Bréfritari: Soffía Daníelsdóttir
Viðtakandi: Jakobína Magnúsdóttir og Daníel Halldórsson
Dagsetning: A-1906-XX-XX
Skrifað á: Sauðanes  N-Þing.
Soffía var dóttir Jakobínu og Daníels

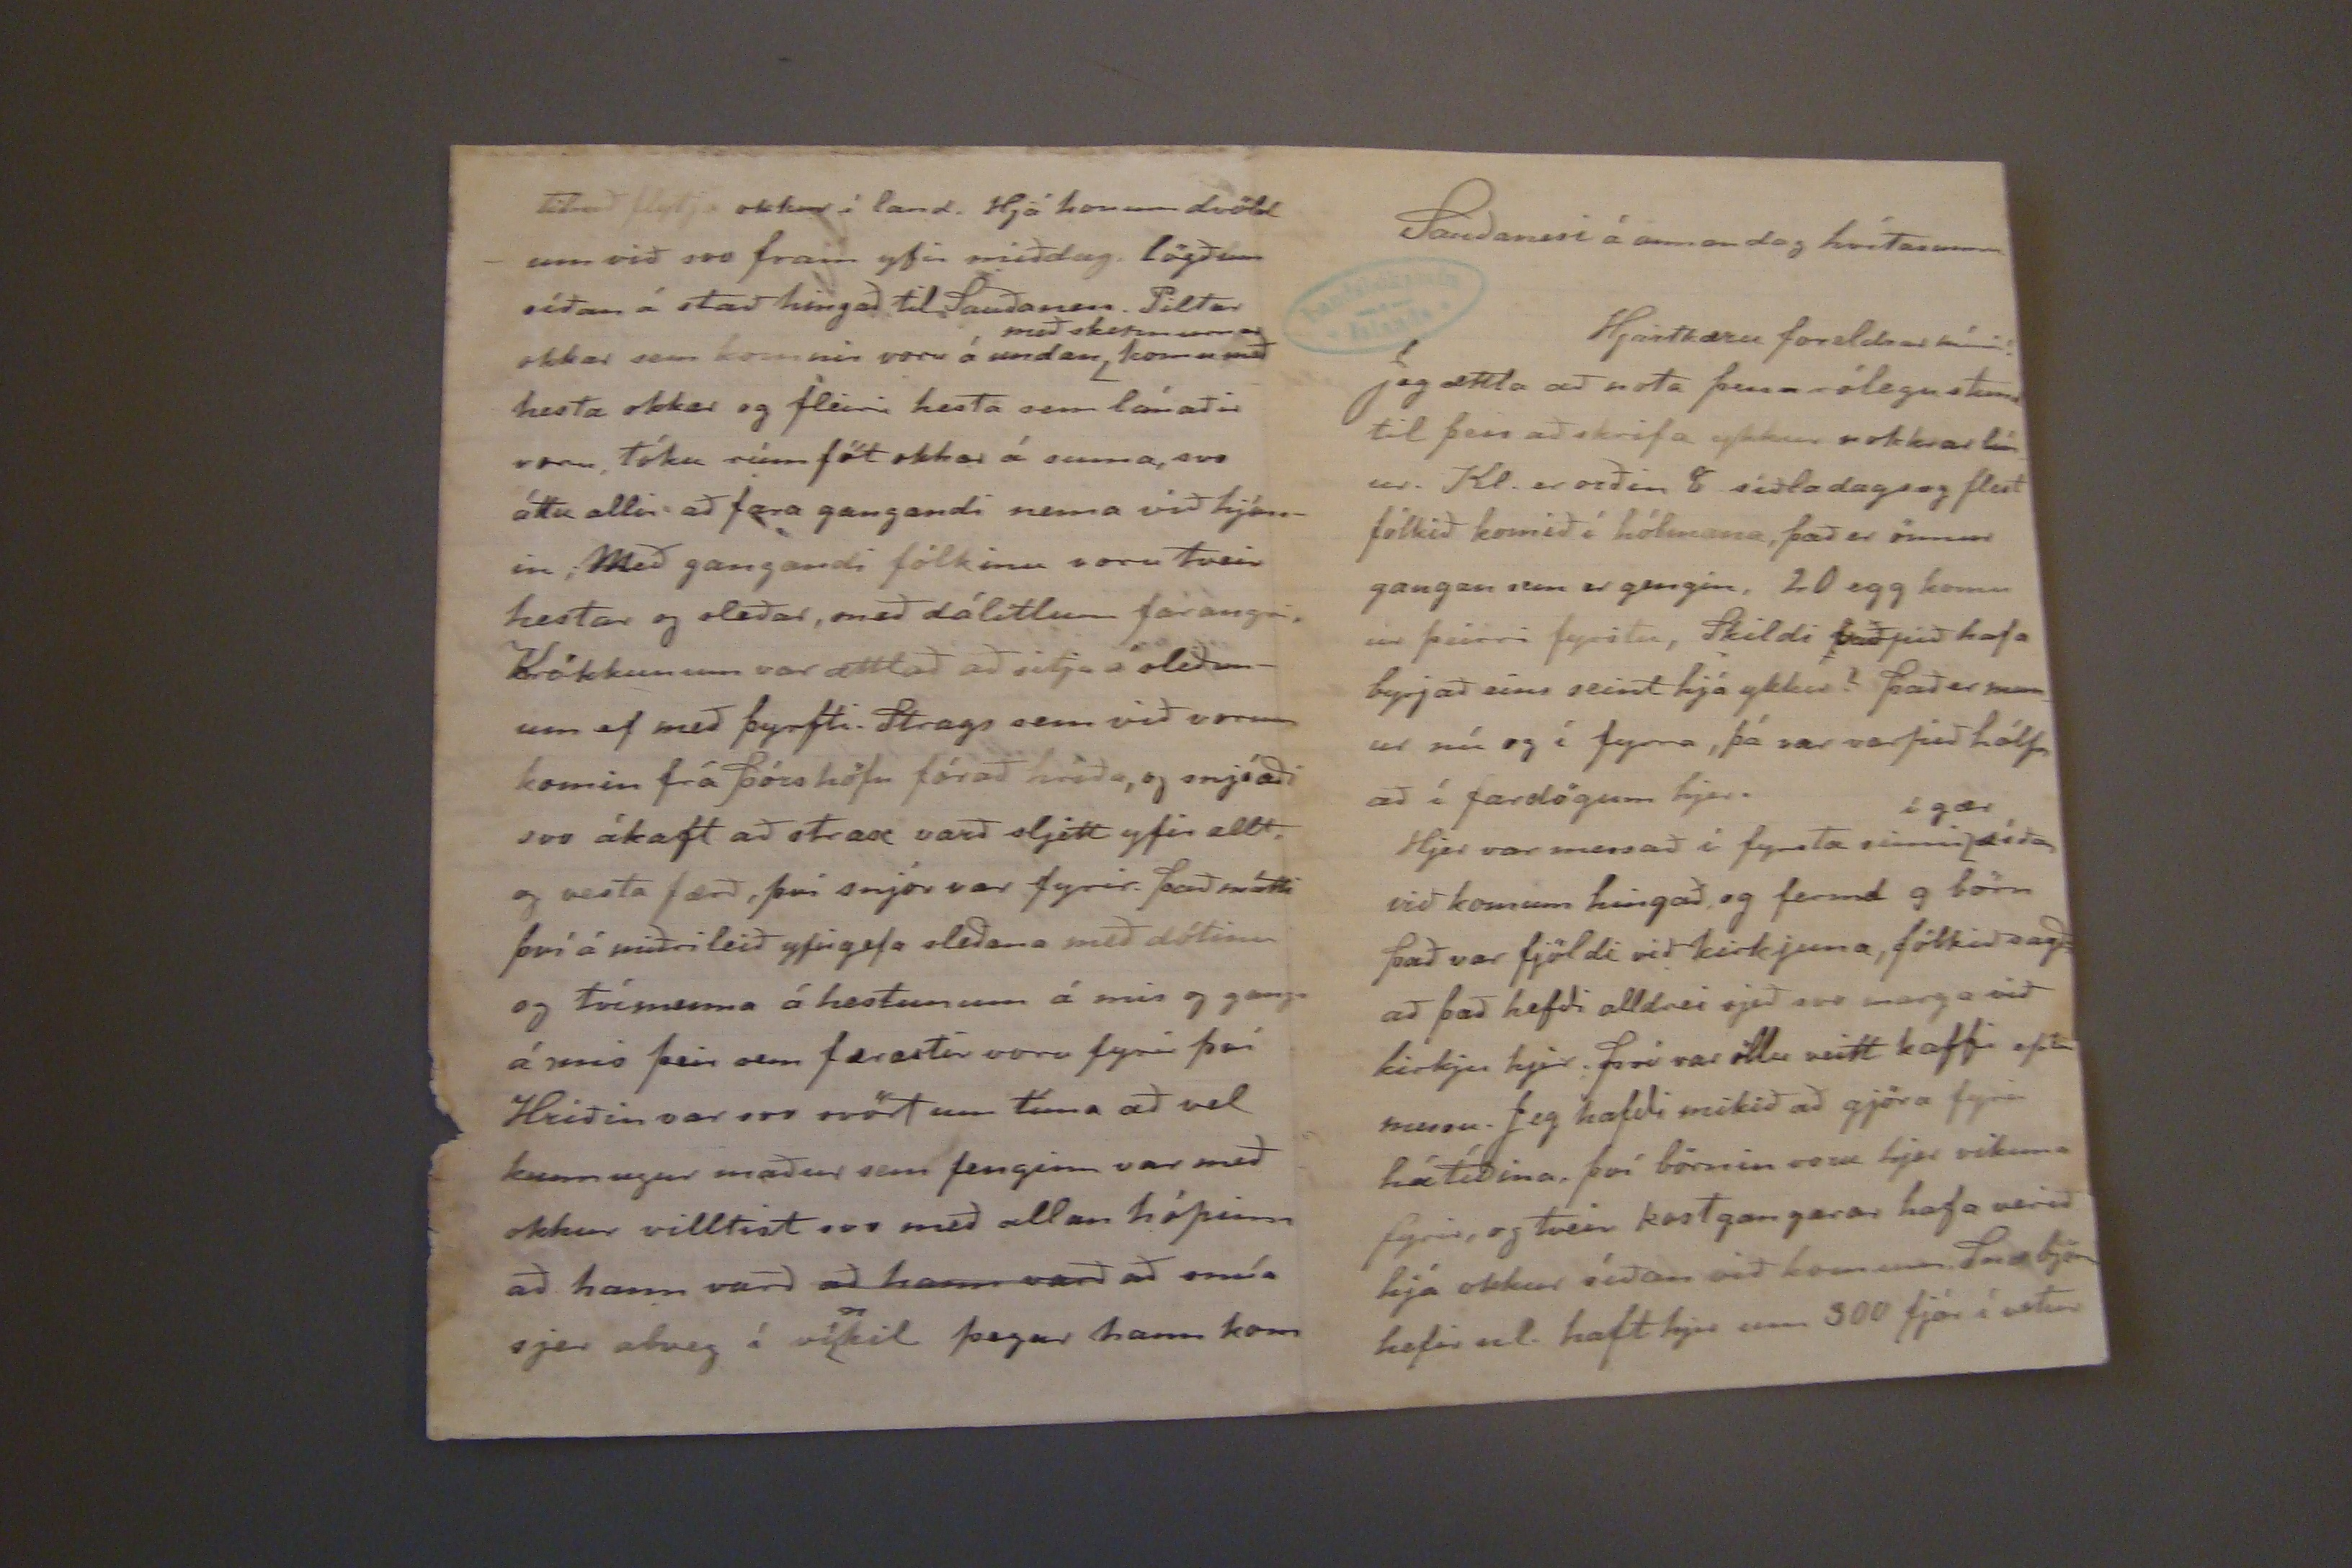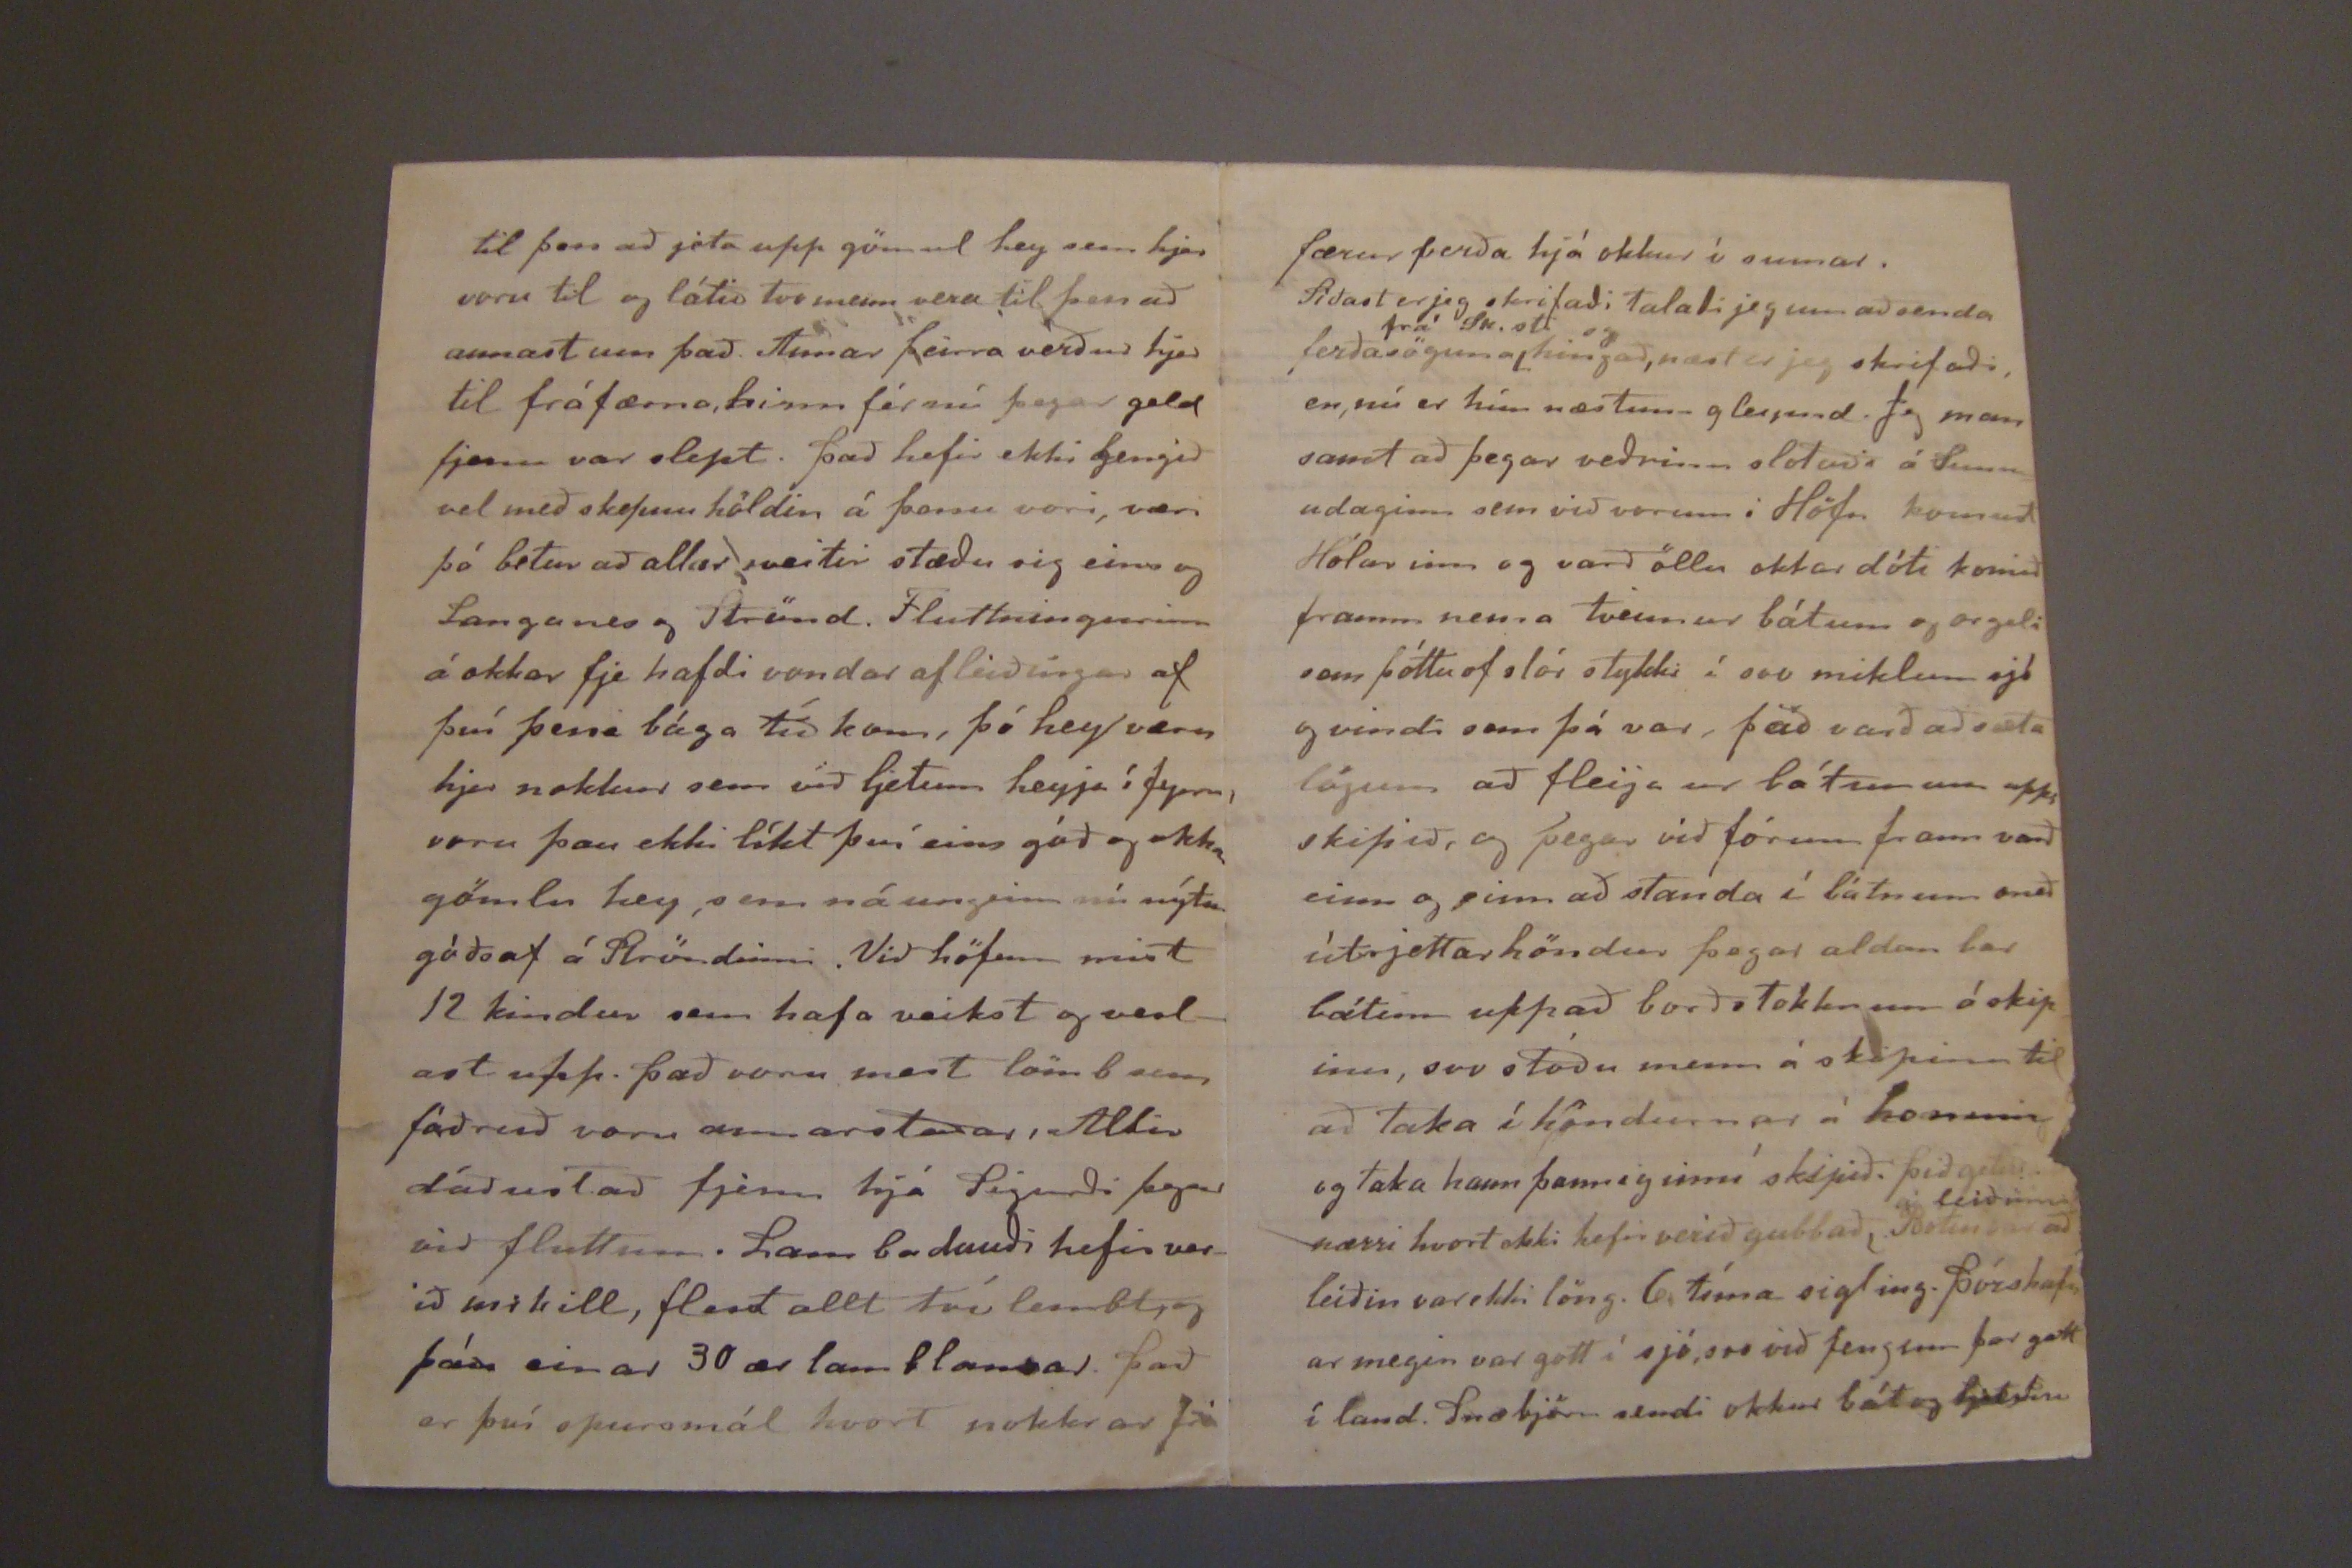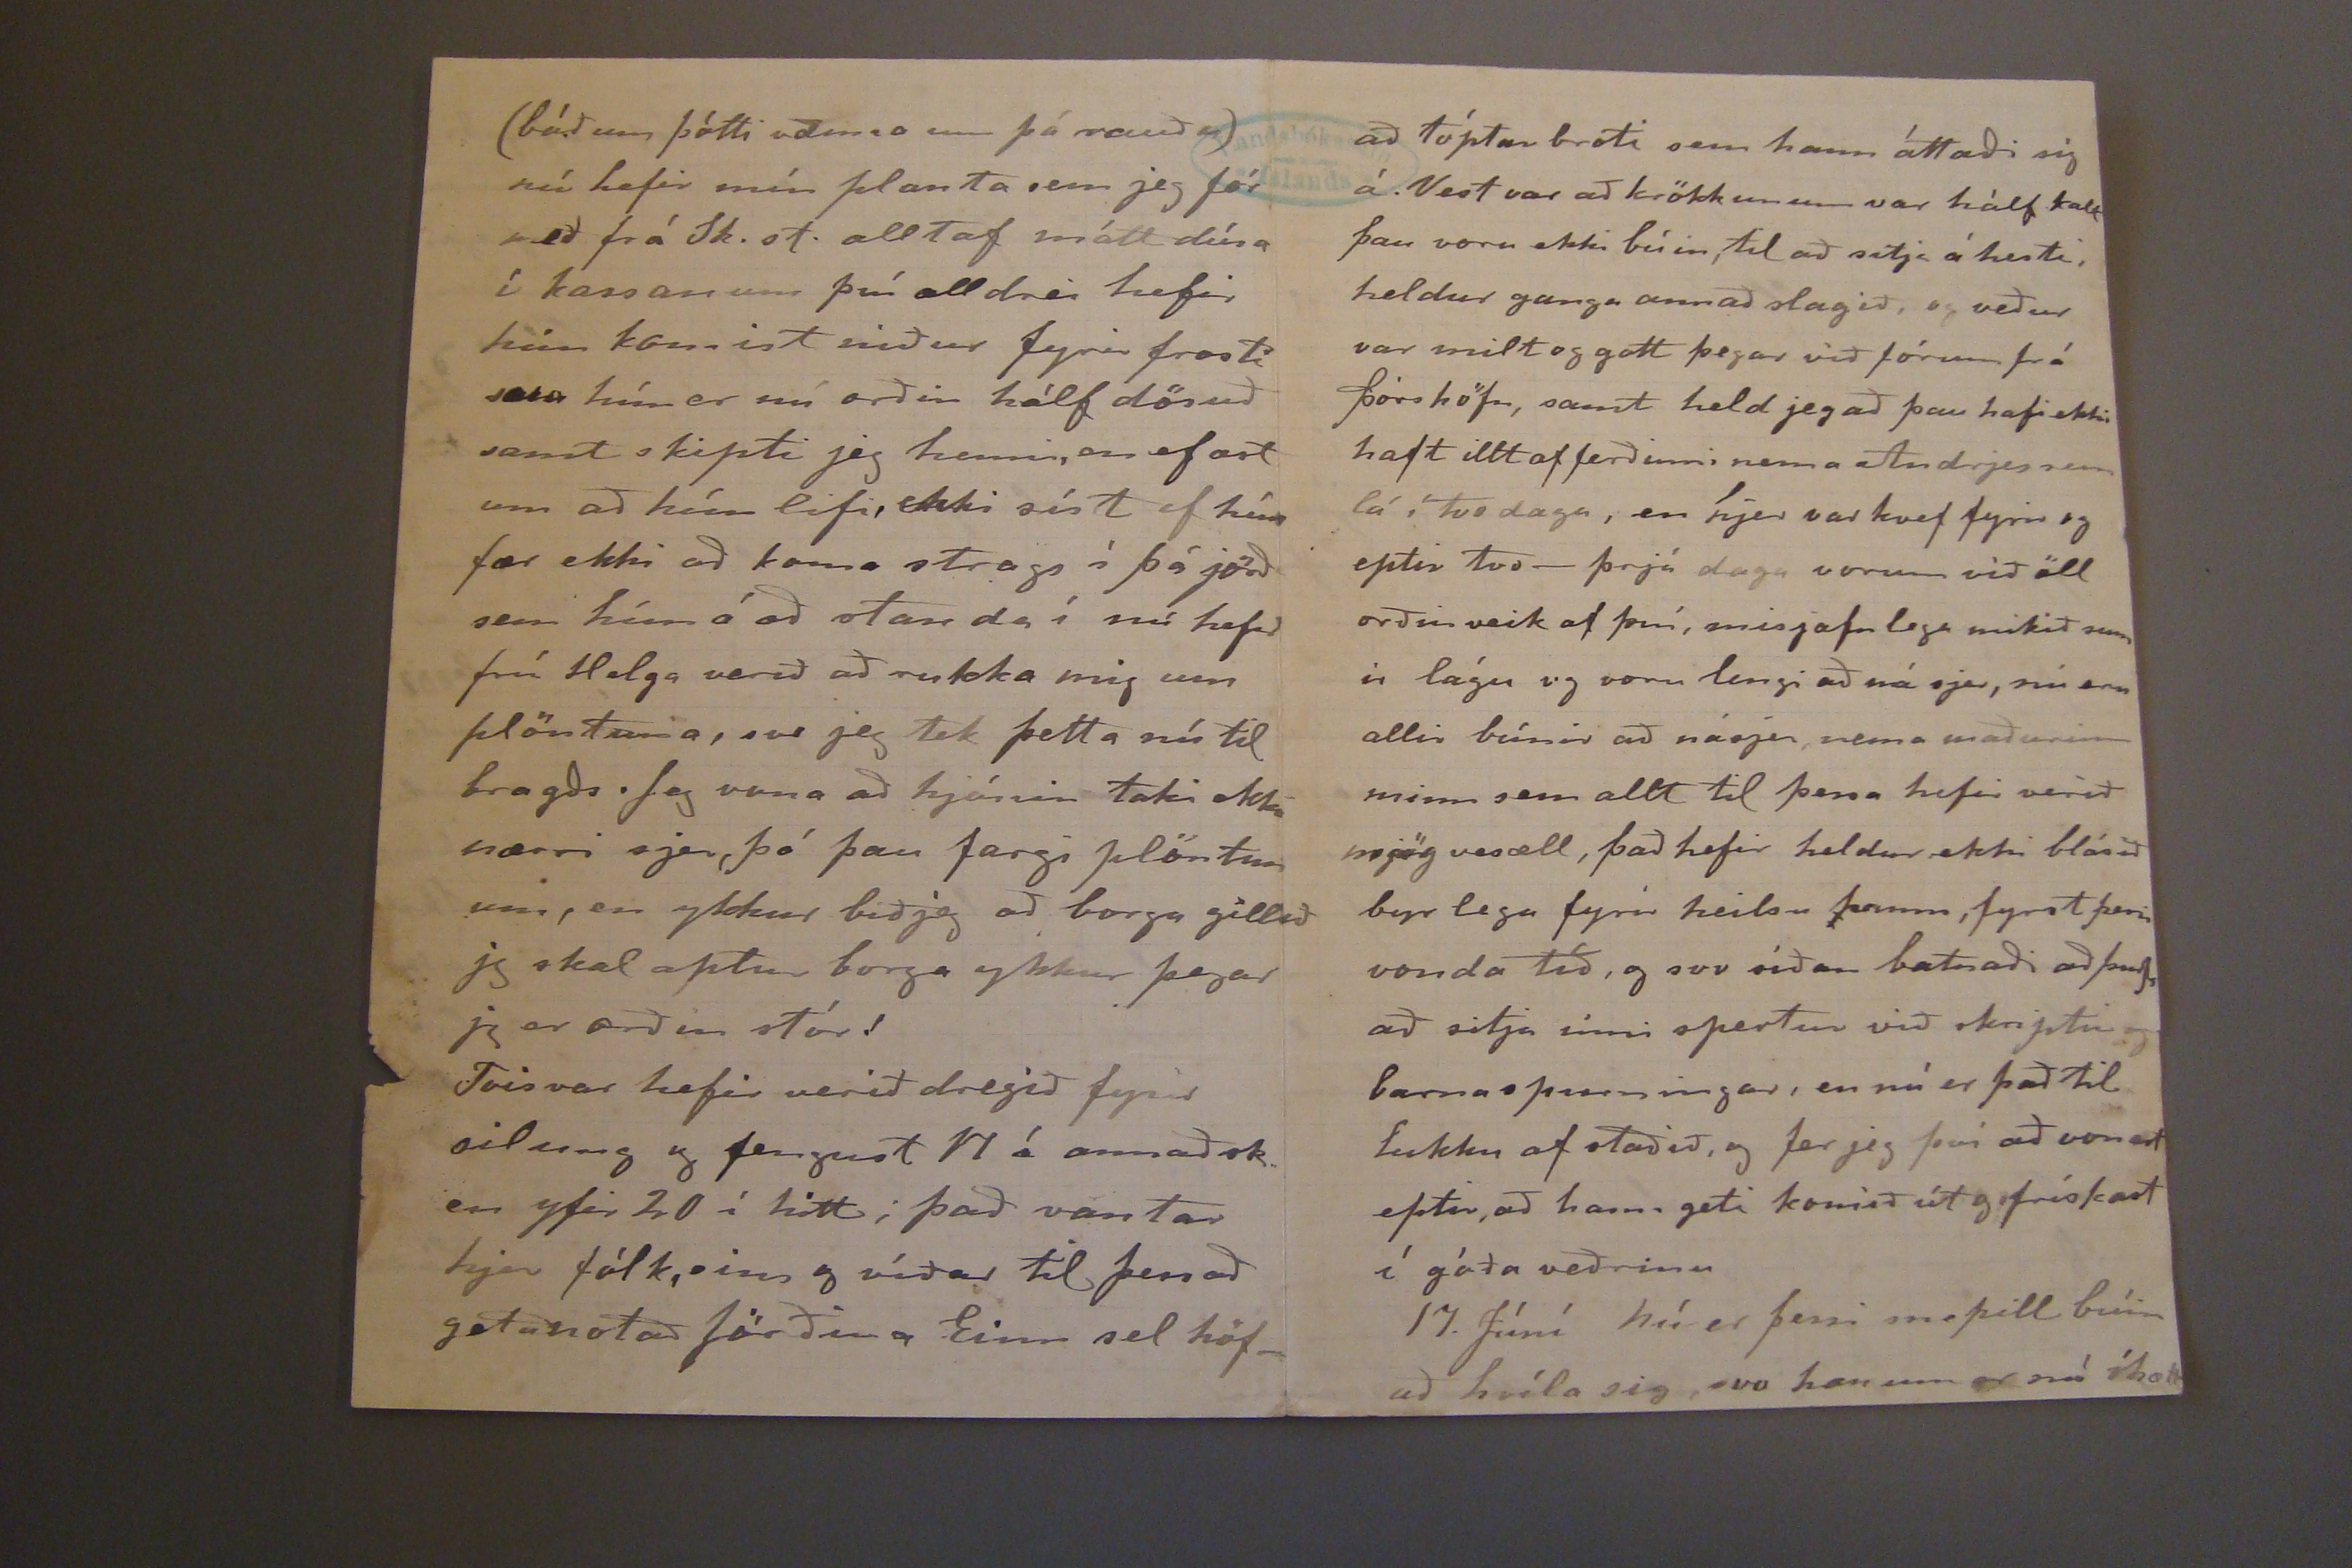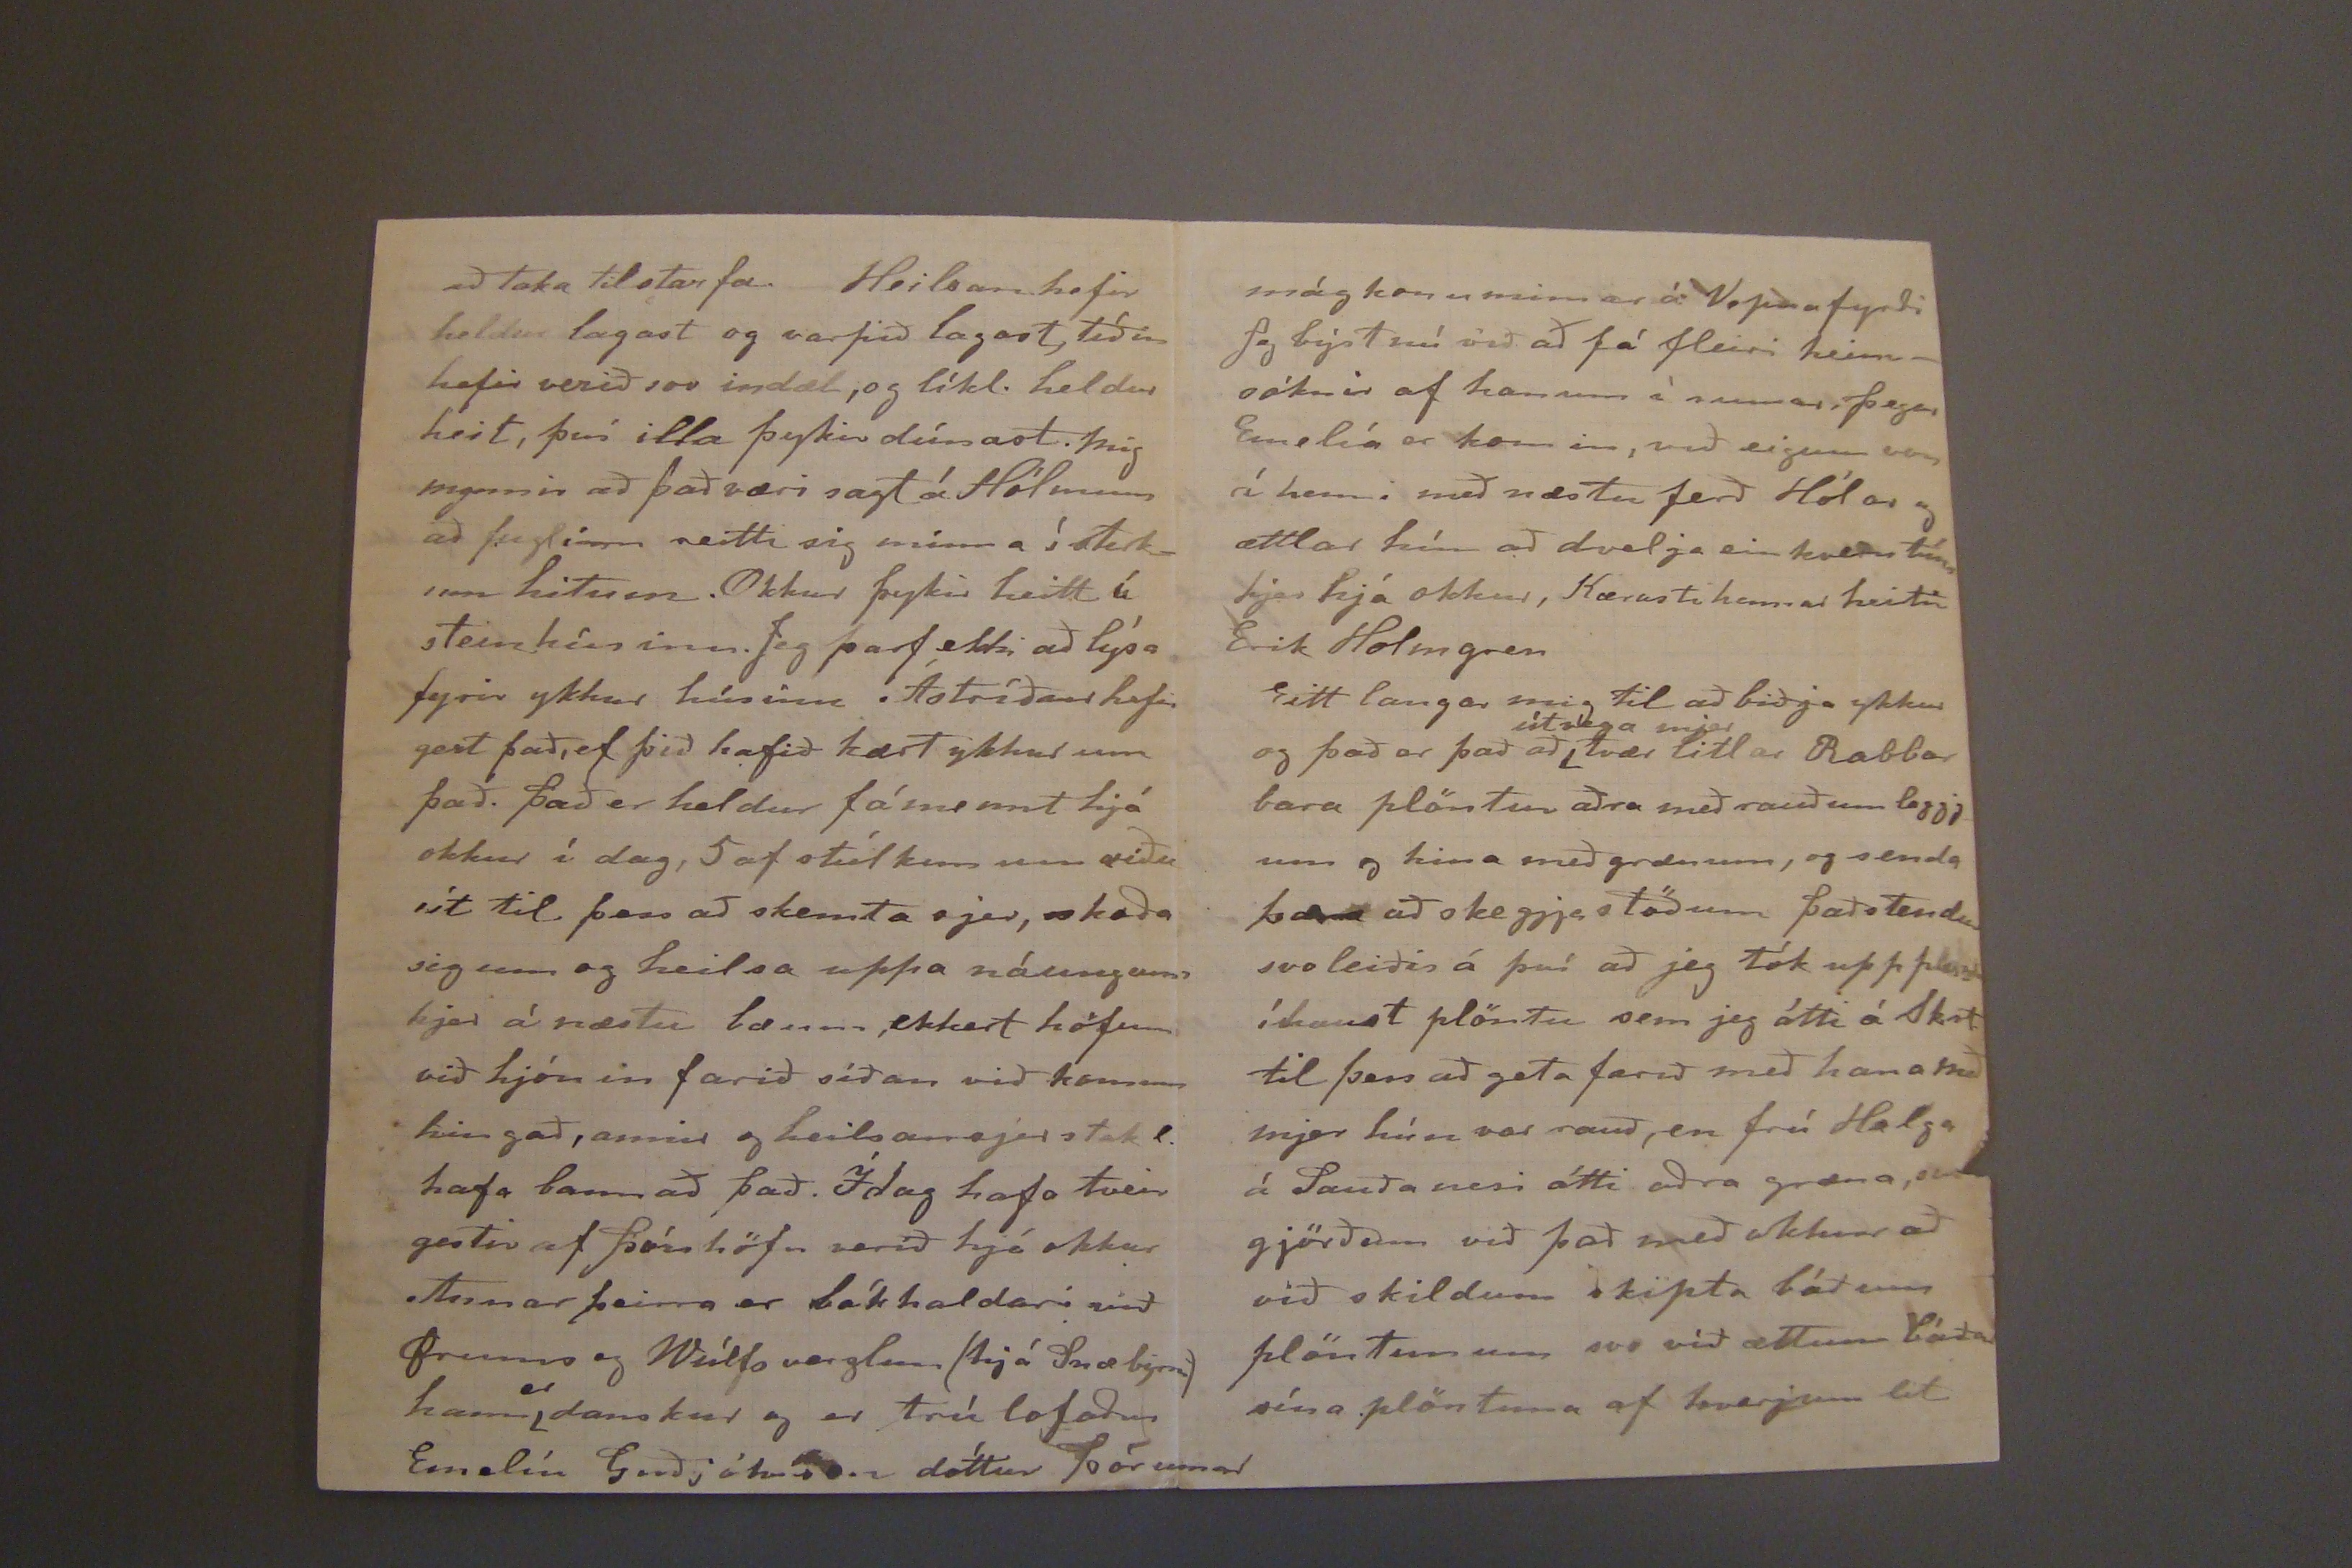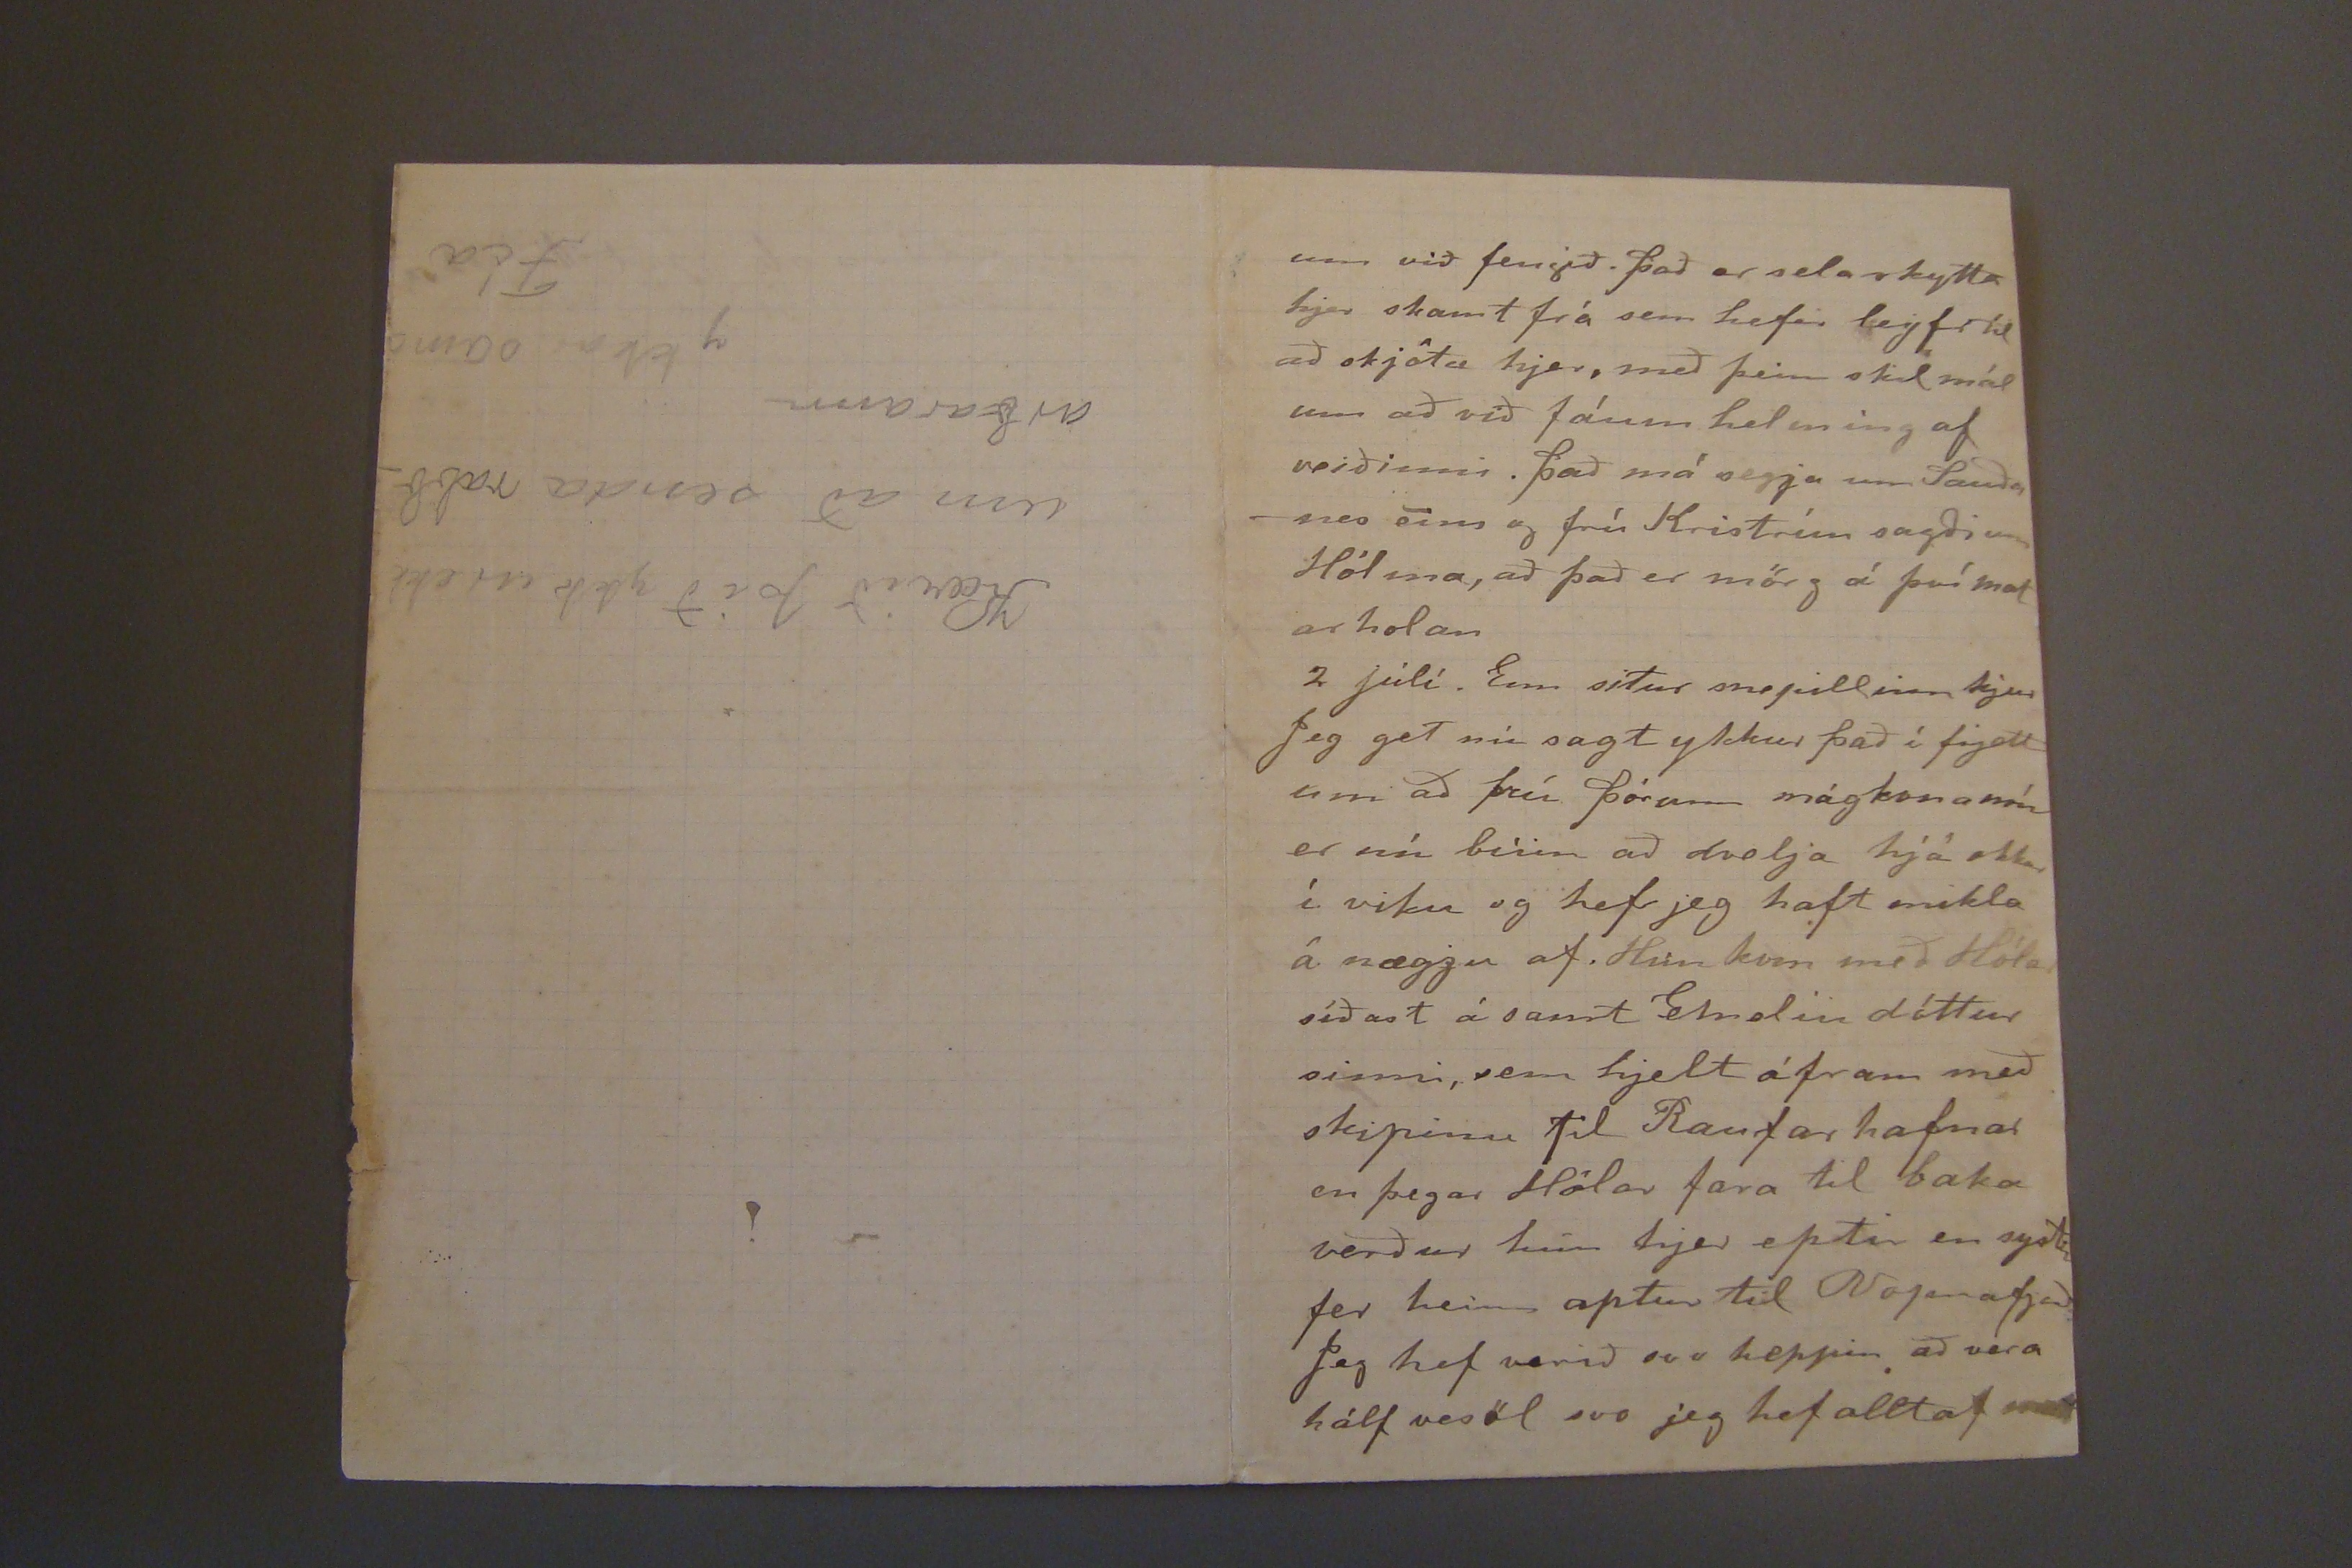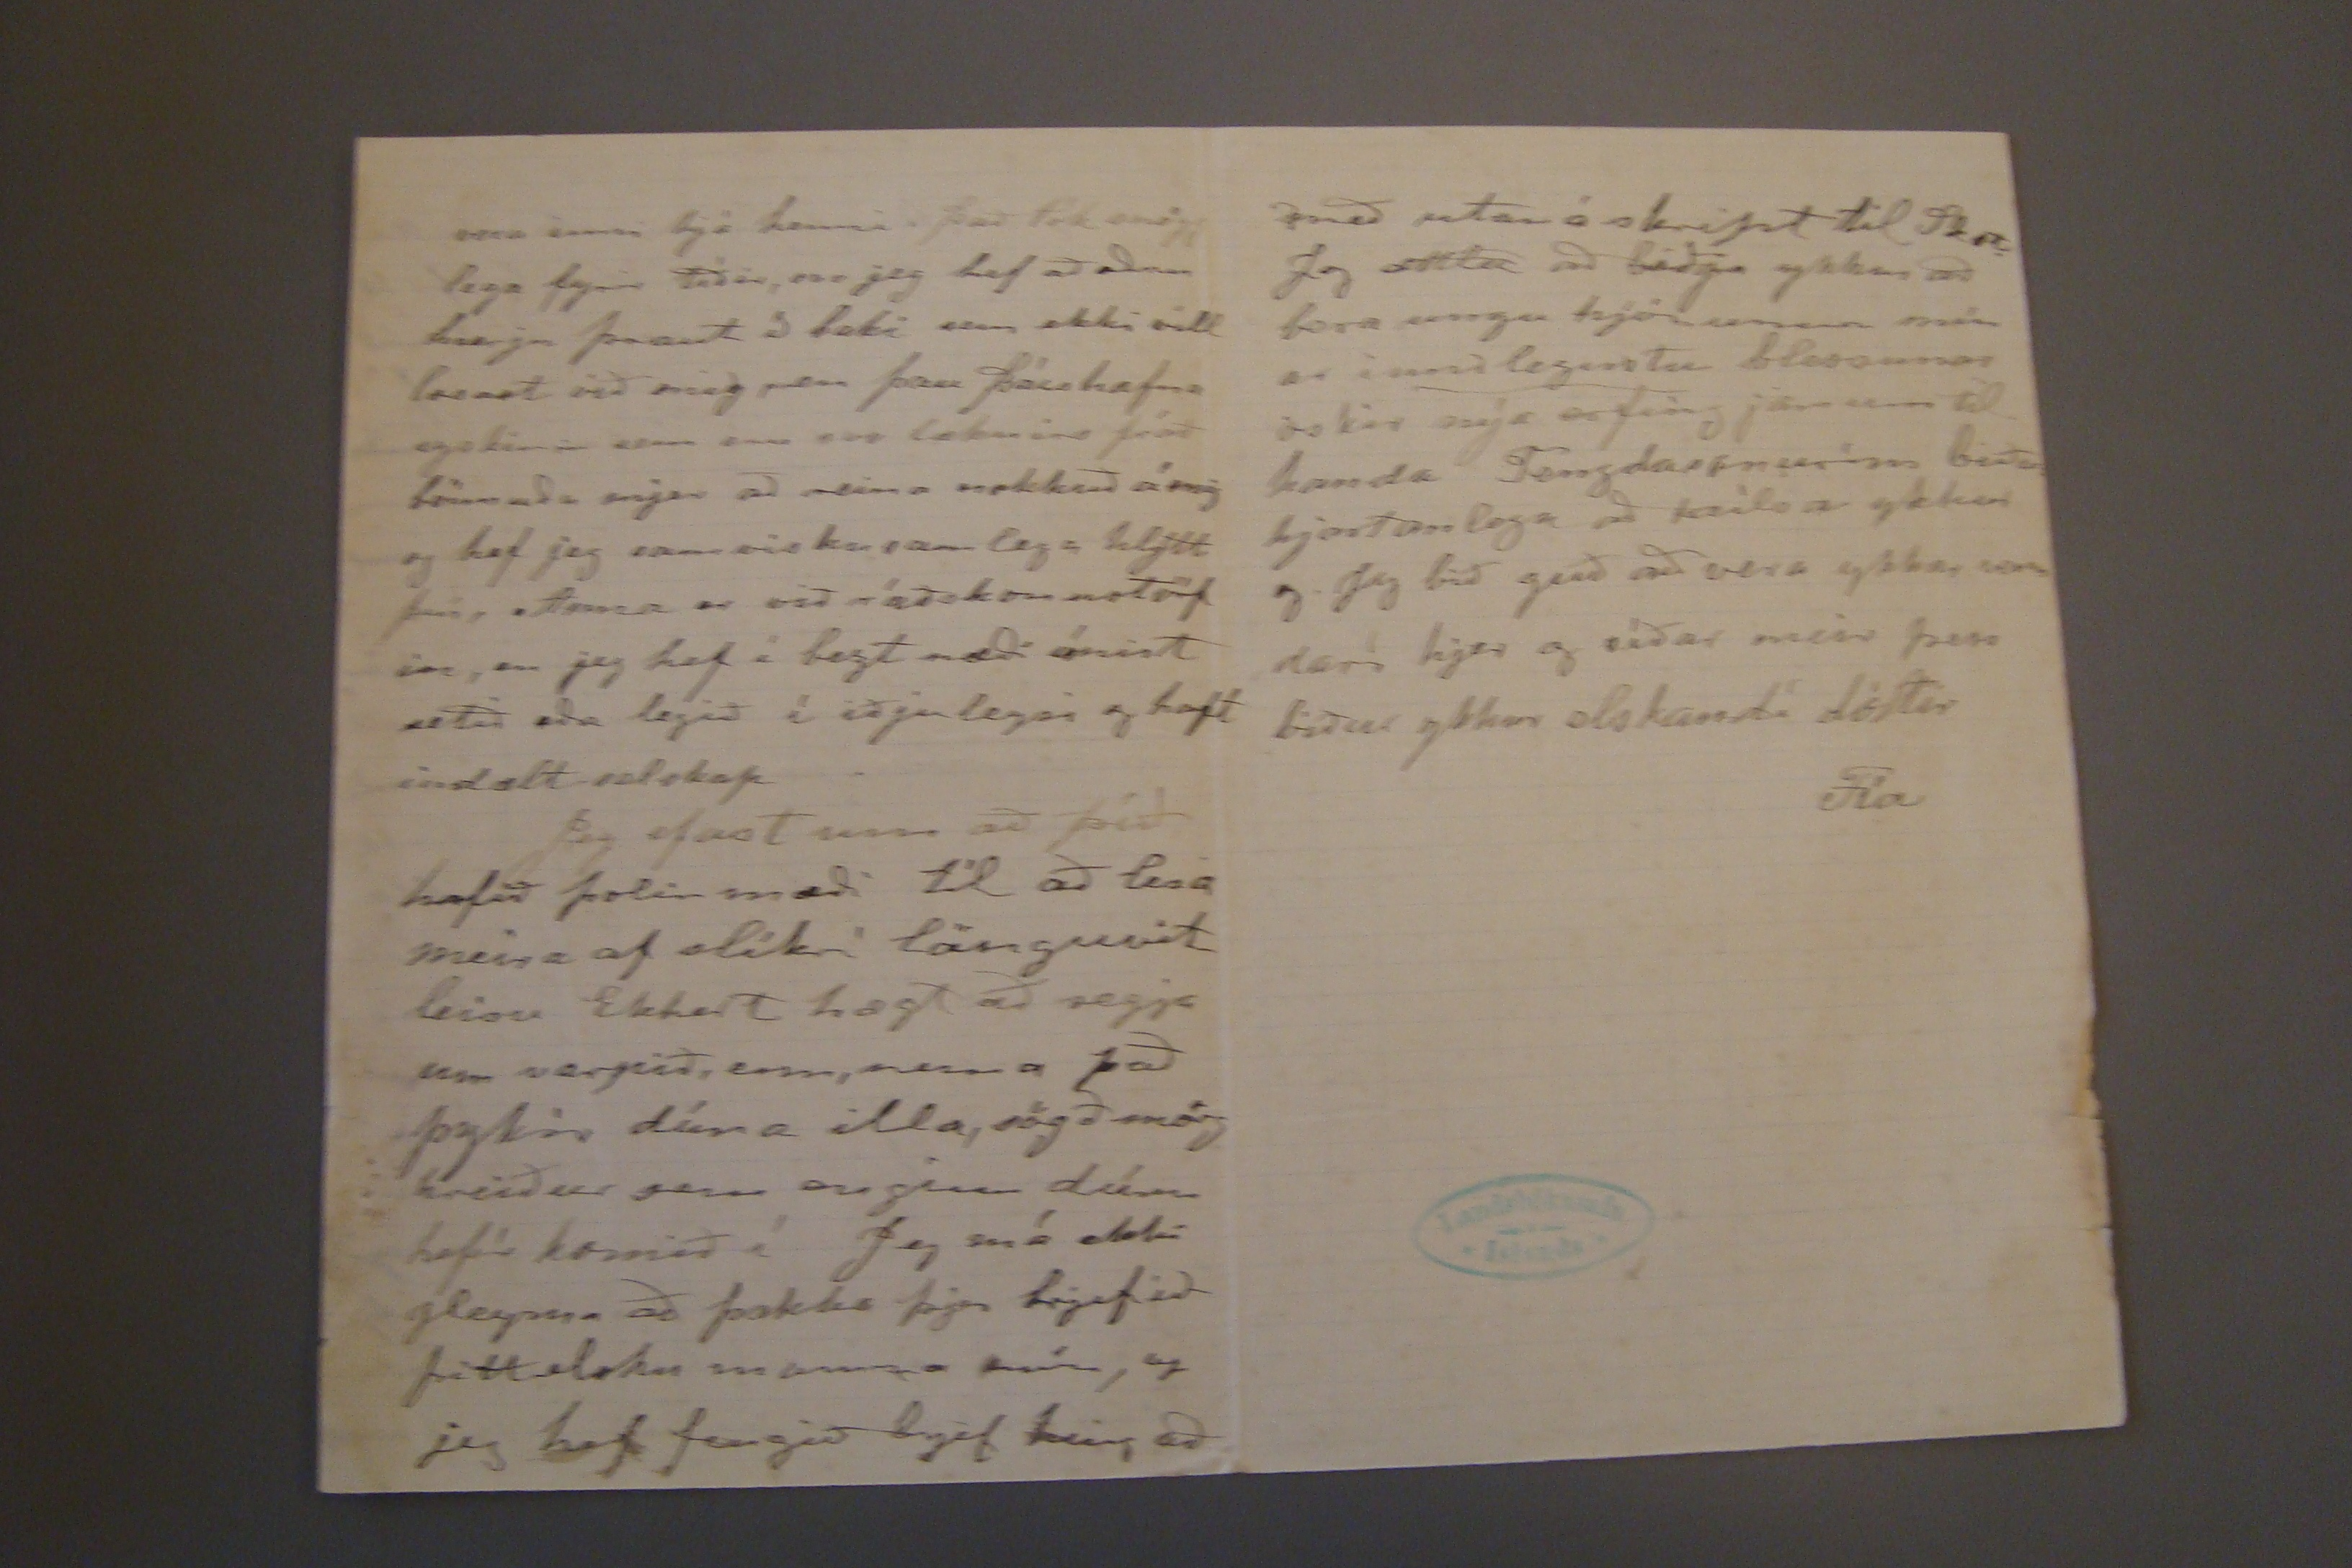

Sauðanesi á annan dag hvítasunnu
Hjartkæru foreldrar mínir!
Jeg ættla að nota þessa rólegu stund til þess að skrifa ykkur nokkrar línur. Kl. er orðin 8 síðladags og flest fólkið komið á hólmana, það er önnur gangan sem er gengin, 20 egg komu úr þeirri fyrstu, Skildi varpið hafa byrjað eins seint hjá ykkur? það er munur nú og í fyrra, þá var varpið hálfa að í fadögum hjer.
Hjer var messað í fyrsta sinni
í gær
síðan við komum hingað og fermd og börn það var fjöldi við kirkjuna, fólkið sagði að það hefði alldrei sjeð svo marga við kirkju hjer. því var öllu veitt kaffi
eptir
messu. Jeg hafði mikið að gjöra fyrir hátíðina, því börnin voru hjer vikuna fyrir, og tveir kostgangarar hafa verið hjá okkur síðan við komum. Snæbjörn hefir nl. haft hjer um 300 fjár í vetur
til þess að geta upp gömul hey sem hjer voru til og látið tvo menn vera til þess að annast um það. Annar þeirra verður hjer til fráfærna, hinn fór nú þegar geld fjenu var slept. það hefir ekki gengið vel með skepnu höldin á þessu vori, væri þó betur að allar sveitir stæðu sig eins og Langanes og Strönd. Fluttningurinn á okkar fje hafði vonda afleiðingar af því þessi bága tíð kom, þó hey væru hjer nokkur sem við ljetum heyja í fyrra, voru þau ekki líkt því eins góð og okkar gömlu hey, sem náunginn nú nýtur góðsaf á Ströndinni. Við höfum mist 12 kindur sem hafa veikst og veslast upp. það voru mest lömb sem fóðruð voru annarstaðar, Allir dáðust að fjenu hjá Sigurði þegar við fluttum. Lambadauði hefir verið mikill, flest allt tví
lumbl
, og þó einar 30 ær lambalausar. það er þvi spursmál hvort nokkrar fri
titnað
flytja okkur í land. Hjá honum dvöldum við svo fram yfir miðdag. lögðum síðan á stað hingað til Sauðanes. Piltar okkar sem komnir voru á undan
með skepnurnar
komu með hesta okkar og fleiri hesta sem lánaðir voru, tóku rúm föt okkar á suma, svo áttu allir að fara gangandi nema við hjónin. Með gangandi fólkinu voru tveir hestar og sleðar, með dálitlum farangri. Krökkunum var ættlað að sitja á sleðunum ef með þyrfti. Strags sem við vorum komin frá þórshöfn fórað hríða, og snjóðai svo ákaft að strax varð slett yfir allt, og vesta færð, því snjór var fyrir. það mátti því á miðri leið yfirgefa sleðana með dótinu og tvímenna á hestunum á mis og ganga á mis þeir sem færastir voru fyrir því Hriðin var svo svört um tíma að vel kunnugur maður sem fenginn var með okkur villtist svo með allan hópinn að hann varð
að hann varð
að snúa sjer alveg í
vísskil
þegar hann kom
færur verða hjá okkur í sumar.
Síðast er jeg skrifaði talaði jeg um að senda ferðasöguna
frá Sk.st. og
hingað, næst er jeg skrifaði, en, nú er hún næstum gleymd. Jeg man samt að þegar veðrinu slotaði á Sunnudaginn sem við vorum í Höfn komust Hólar inn og varð öllu okkar dóti komið framm nema tveimur bátum og orgeli sem þóttu of stór stykki í svo miklum sjó og vindi sem þá var, það varð að sæta lögum að fleija ur bátunum upp skipið, og þegar við fórum fram varð einn og einn að standa í bátnum með útrjettarhöndur þegar aldan bar bátinn uppað borðstokknum á skipinu, svo stóðu menn á skipinu til að taka í höndurnar á honum og taka hann þannig inní skipið. þið getið nærri hvort ekki hefir verið gubbað
á leiðinni
Bátin sar að
leiðin var ekki löng. 6 tíma sigling. þórshafnar megin var gott í sjó, svo við fengum þar gott í land. Snæbjörn sendi okkur bát og
ljetsu
að tóptar broti sem hann áttaði sig á Vest var að krökknum var hálf kalt þau voru ekki búin, til að sitja á hesti, heldur ganga annað slagið, og veður var milt og gott þegar við fórum frá þórshöfn, samt held jeg að þau hafi ekki haft illt af ferðinni nema Andrjes sem lá í tvo daga, en hjer var kvef fyrir og eptir tvo - þrjá daga vorum við öll orðin veik af því, misjafnlega mikið sumir lágu og voru lengi að ná sjer, nú eru allir búnir að ná sjer nema maðurinn minn sem allt til þessa hefir verið mjög vesæll, það hefir heldur ekki blásið byr lega fyrir heilsu hanns, fyrst þessi vonda tíð, og svo síðan batnaði að þurfa að sitja inni spertur við skriptir og barnaspurningar, en nú er það til lukku af staðið, og fer jeg því að vonast eptir, að hann geti komist út og frískast í góða veðrinu
17. Júní nú er þessi snepill búin að hvíla sig svo honum er nú óhætt
að taka til starfa. Heilsan hefir heldur lagast og varpið lagast, tíðin hefir verið svo indæl, og líkl. heldur heit, því illa þykir dúnast. Mig mynnir að það væri sagt á Hólmum að fuglinn reitti sig minna í sterkum hitum. Okkur þykir heitt í steinhúsinu. Jeg þarf ekki að lýsa fyrir ykkur húsinu Ástríður hefir gert það, ef þið hafið kært ykkur um það. það er heldur fámennt hjá okkur í dag, 5 af stúlkunum riðu út til þess að skemta sjer, skoða sig um og heilsa uppa náungum hjer á næstu bæum, ekkert höfum við hjónin farið síðan við komum hingað, annir og heilsan sjer stakl. hafa bannað það. Í dag hafa tveir gestir af þórshöfn verið hjá okkur Annar þeirra er bakhaldari við
Qrums
og Wúlfs verzlun (hjá Snæbyrni) hann
er
danskur og er trú lofaður Emelíu Guðjónsson dóttur þórunna
(báðum þótti
vænna
um þá rauðu) nú hefir mín planta sem jeg fór með frá Sk.st. alltaf mátt dúsa í kassanum því alldrei hefir hún komist niður fyrir frosti
sem
hún er nú orðin hálf dösuð samt skipti jeg henni, en efast um að hún lifi, ekki síst ef hún fær ekki að koma strags í þá jörð sem hún á að standa í nú hefir frú Helga verið að rukka mig um plöntuna, svo jeg tek þetta nú til bragðs. Jeg vona að hjónin taki ekki nærri sjer, þó þau fargi plöntun um, en ykkur bið jeg að borga gillið jeg skal aptur borga ykkur þegar jg er orðin stór!
Tvisvar hefir verið dregið fyrir silung og fengust 17 á annað sk. en yfir 20 í hitt; það vantar hjer fólk, eins og víðar til þess að geta notað Jörðina Einn sel höf-
mágkonu minnar á Vopnafyrði Jeg býst nú við að fá fleiri heimsóknir af honum í sumar, þegar Emelía er komin, við eigum von á henni með næstu ferð Hólar og ættlar hún að dvelja ein kvern tíma hjer hjá okkur, Kærasti hennar heitir Erik Holmgren
Eitt langar mig til að biðja ykkur og það er það að
útvega mjer
tvær litlar Rabbar bara plöntur aðra með rauðum leggj um og hina með grænum, og senda þær að skeggjastöðum það stendur svo leiðis á því að jeg tók upp
pláss
í haust plöntu sem jeg átti á Skot. til þess að geta farið með hana með mjer hún var rauð, en frú Helga á Sauðanesi átti aðra græna, svo gjörðum við það með okkur að við skildum skipta báðum plöntunum svo víð ættum báðar sína plöntuna af hverjum lit
um við fengið. það er selaskytta hjer skamt frá sem hefir leyfi til að skjóta hjer, með þeim skilmál um að við fáum helming af veiðinni. það má segja um Sauðanes eins og frú Kristrún sagði um Hólma, að það er mörg á því matar holan
2 júlí. Enn situr snepillinn kjur Jeg get nú sagt ykkur það í frjett um að frú þórunn mágkona mín er nú búin að dvelja hjá okkur í viku og hef jeg haft mikla á nægju af. Hún kom með Hólar síðast á samt Emeliu dóttur sinni, sem hjelt áfram með skipinu til Raufar hafnar en þegar Hólar fara til baka verður hún hjer eptir en systir fer heim aptur til Vopnafjað Jeg hef verið svo heppin að vera hálf vesöl svo jeg hef alltaf
svo inni hjá henni. það tók snögg lega fyrir tíðir, svo jeg hef að
oðru
hverju þraut í loki sem ekki vill losast við mig en þau þórshafna syskinin sem eru svo loksins fást bönnuðu mjer að nema nokkuð á mig og hef jeg samviskusamlega hlýtt því, Anna er við ráðskonustörf in, en jeg hef í bezt næði
ánist
setið eða legið í iðju leysi og haft indælt selskap
Jeg efast um að þið hafið þolin mæði til að lesa meira af slíkri lönguvit leisu Ekkert hægt að segja um verpið, enn, nema það þykir dúna illa, sögð mörg breiður sem enginn dúnn gleyma hefir komið í Jeg má ekki gleyma að þakka þjer brjefið þitt elsku mamma mín, og jeg hef fengið brjef hingað
Kærið þið ykkur um að senda rabbarbarann
ykkar sama
Fía
með utan á skript til Skst. Jeg ættla að biðja ykkur að bera ungu hjónunum mín ar
innilegustu
blessunar óskir nýs erfing janum til handa Tengdasonurinn biður hjartanlega að heilsa ykkur og Jeg bið guð að vera ykkur sem dæm hjer og síðar meir þess biður ykkar elskandi dóttir
Fía